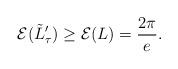
LaTeX: \begin{align*} \mathcal{E}(\tilde{L}'_\tau) \geq \mathcal{E}(L) = \frac{2\pi}{e}. \end{align*}